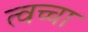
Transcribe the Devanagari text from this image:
त्वच्चा